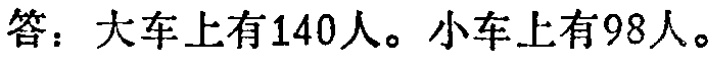
答：大车上有140人。小车上有98人。